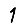
Digit: 1